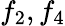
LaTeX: f_{2},f_{4}